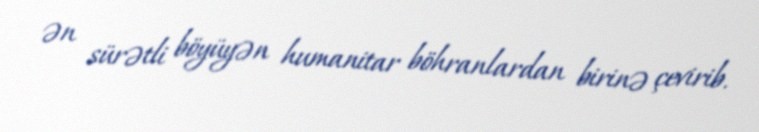
ən sürətli böyüyən humanitar böhranlardan birinə çevirib.